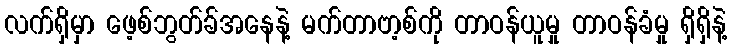
လက်ရှိမှာ ဖေ့စ်ဘွတ်ခ်အနေနဲ့ မက်တာဗာ့စ်ကို တာဝန်ယူမှု တာဝန်ခံမှု ရှိရှိနဲ့